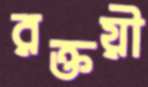
রক্তয়ী